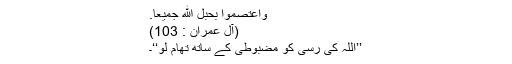
وَاعْتَصِمُواْ بِحَبْلِ اللّهِ جَمِيعًا.
(آل عمران : 103)
’’اللہ کی رسی کو مضبوطی کے ساتھ تھام لو‘‘۔